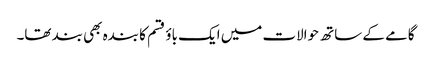
گامے کے ساتھ حوالات میں ایک باؤ قسم کا بندہ بھی بند تھا۔